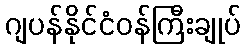
ဂျပန်နိုင်ငံဝန်ကြီးချုပ်